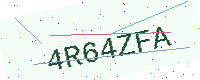
Text: 4R64ZFA